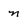
Character: n